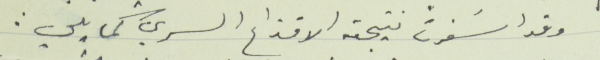
وقد اسَفرت نتيجة الاقتراع السري كما يلي :